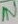
Text: IN